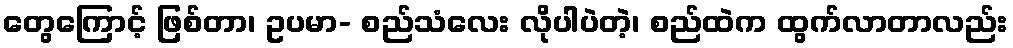
တွေကြောင့် ဖြစ်တာ၊ ဥပမာ- စည်သံလေး လိုပါပဲတဲ့၊ စည်ထဲက ထွက်လာတာလည်း